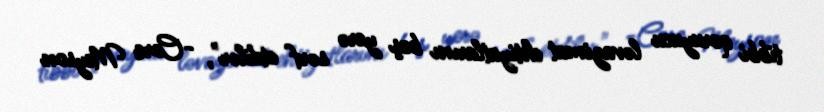
tibbi qoruyucu ləvazimat ehtiyatlarını boş yerə sərf etdilər", -Corc Meyson